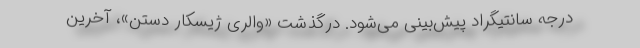
درجه سانتیگراد پیش‌بینی می‌شود. درگذشت «والری ژیسکار دستن»، آخرین